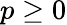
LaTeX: p\ge 0